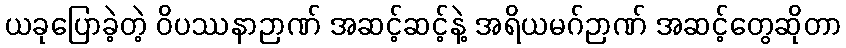
ယခုပြောခဲ့တဲ့ ဝိပဿနာဉာဏ် အဆင့်ဆင့်နဲ့ အရိယမဂ်ဉာဏ် အဆင့်တွေဆိုတာ